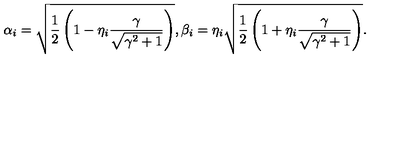
\alpha _ { i } = \sqrt { \frac { 1 } { 2 } \left( 1 - \eta _ { i } \frac { \gamma } { \sqrt { \gamma ^ { 2 } + 1 } } \right) } , \beta _ { i } = \eta _ { i } \sqrt { \frac { 1 } { 2 } \left( 1 + \eta _ { i } \frac { \gamma } { \sqrt { \gamma ^ { 2 } + 1 } } \right) } .